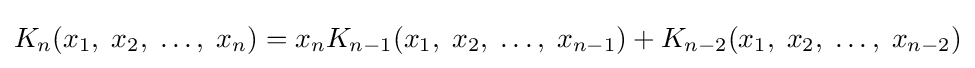
K_{n}(x_{1},\;x_{2},\;\ldots ,\;x_{n})=x_{n}K_{n-1}(x_{1},\;x_{2},\;\ldots ,\;x_{n-1})+K_{n-2}(x_{1},\;x_{2},\;\ldots ,\;x_{n-2})